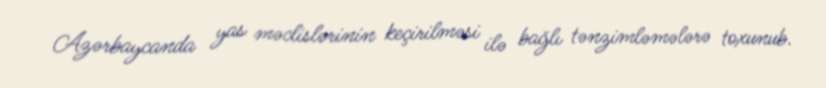
Azərbaycanda yas məclislərinin keçirilməsi ilə bağlı tənzimləmələrə toxunub.